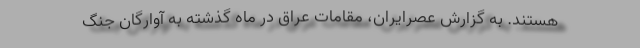
هستند. به گزارش عصرایران، مقامات عراق در ماه گذشته به آوارگان جنگ